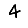
Digit: 4